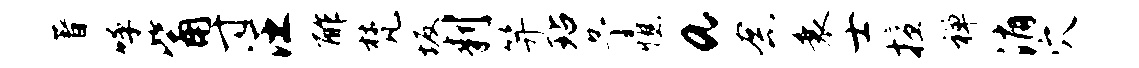
著呼觜寸汪酢梵坂判笄玷予憔a念衰士擅禅消穴